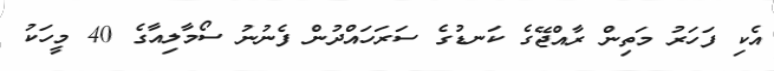
އެކި ފަހަރު މަތިން ރާއްޖޭގެ ކަނޑުގެ ސަރަހައްދުން ފެނުނު ސޯމާލިއާގެ 40 މީހަކު